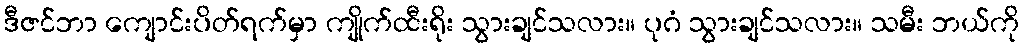
ဒီဇင်ဘာ ကျောင်းပိတ်ရက်မှာ ကျိုက်ထီးရိုး သွားချင်သလား။ ပုဂံ သွားချင်သလား။ သမီး ဘယ်ကို